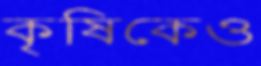
কৃষিকেও